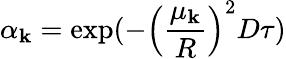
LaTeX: \alpha_{\mathbf{k}}=\exp(-\left(\frac{{\mu_{\mathbf{k}}}}{{R}}\right)^{2}D\tau)